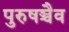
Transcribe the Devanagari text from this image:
पुरुषञ्चैव